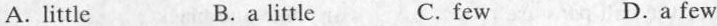
A. little B.a little C. few D.a few